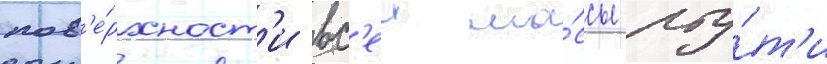
пов'е́рхност'и вс'еи ма́ссы рту́т'и